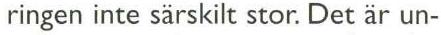
ringen inte särskilt stor. Det är un-